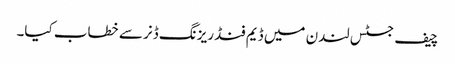
چیف جسٹس لندن میں ڈیم فنڈ ریزنگ ڈنر سے خطاب کیا۔